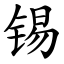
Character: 锡